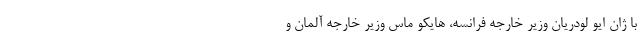
با ژان ایو لودریان وزیر خارجه فرانسه، هایکو ماس وزیر خارجه آلمان و